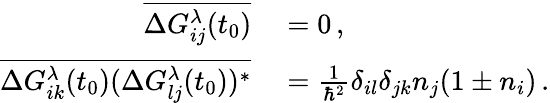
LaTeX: \begin{array}{rl}{\overline{{\Delta G_{ij}^{\lambda}(t_{0})}}}&{{}=0\, ,}\\ {\overline{{\Delta G_{ik}^{\lambda}(t_{0})(\Delta G_{lj}^{\lambda}(t_{0}))^{*}}}}&{{}=\frac{1}{\hbar^{2}}\delta_{il}\delta_{jk}n_{j}(1\pm n_{i})\, .}\end{array}